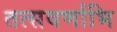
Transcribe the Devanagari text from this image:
तत्सवर्णाभि